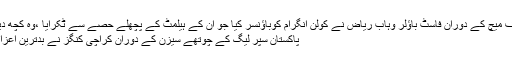
پشاور زلمی کے خلاف میچ کے دوران فاسٹ باﺅلر وہاب ریاض نے کولن انگرام کوباﺅنسر کیا جو ان کے ہیلمٹ کے پچھلے حصے سے ٹکرایا ،وہ کچھ دیر لڑکھڑائے ... مزید
پاکستان سپر لیگ کے چوتھے سیزن کے دوران کراچی کنگز نے بدترین اعزاز اپنے نام کرلیا ہے ۔